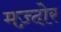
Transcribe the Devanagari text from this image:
मज़्दोर